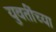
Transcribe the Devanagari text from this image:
युवतींच्या